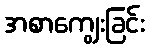
အစာကျွေးခြင်း